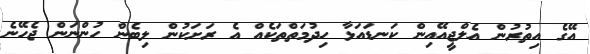
އޭގެ އިތުރުން އެލްޖީއޭއިން ކަނޑައަޅާ ހިދުމަތްތަކެއް އެ ރަށަކުން ލިބެން ހުންނަން ޖެހޭނެ